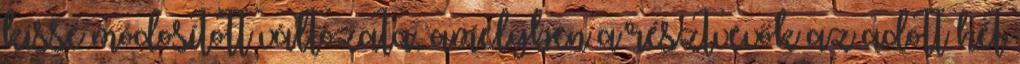
kissé módosított változata, amelyben a résztvevők az adott hét